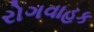
રોગવાહક